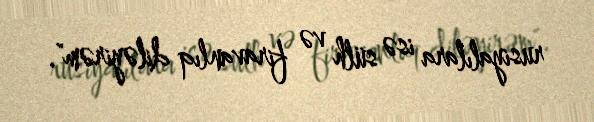
rusiyalılara isə sülh və firavanlıq diləyirəm".